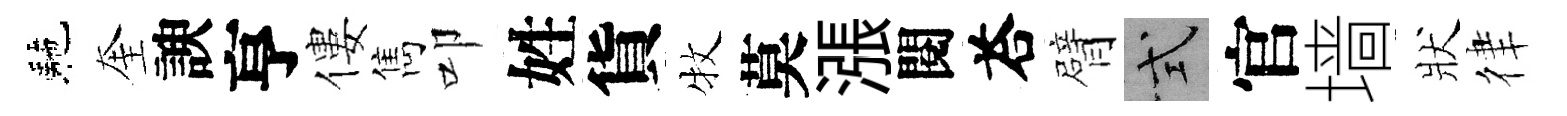
駰奎諛亨僂雋叩姓貨牧莫漲閱荅臂式官墙狀律